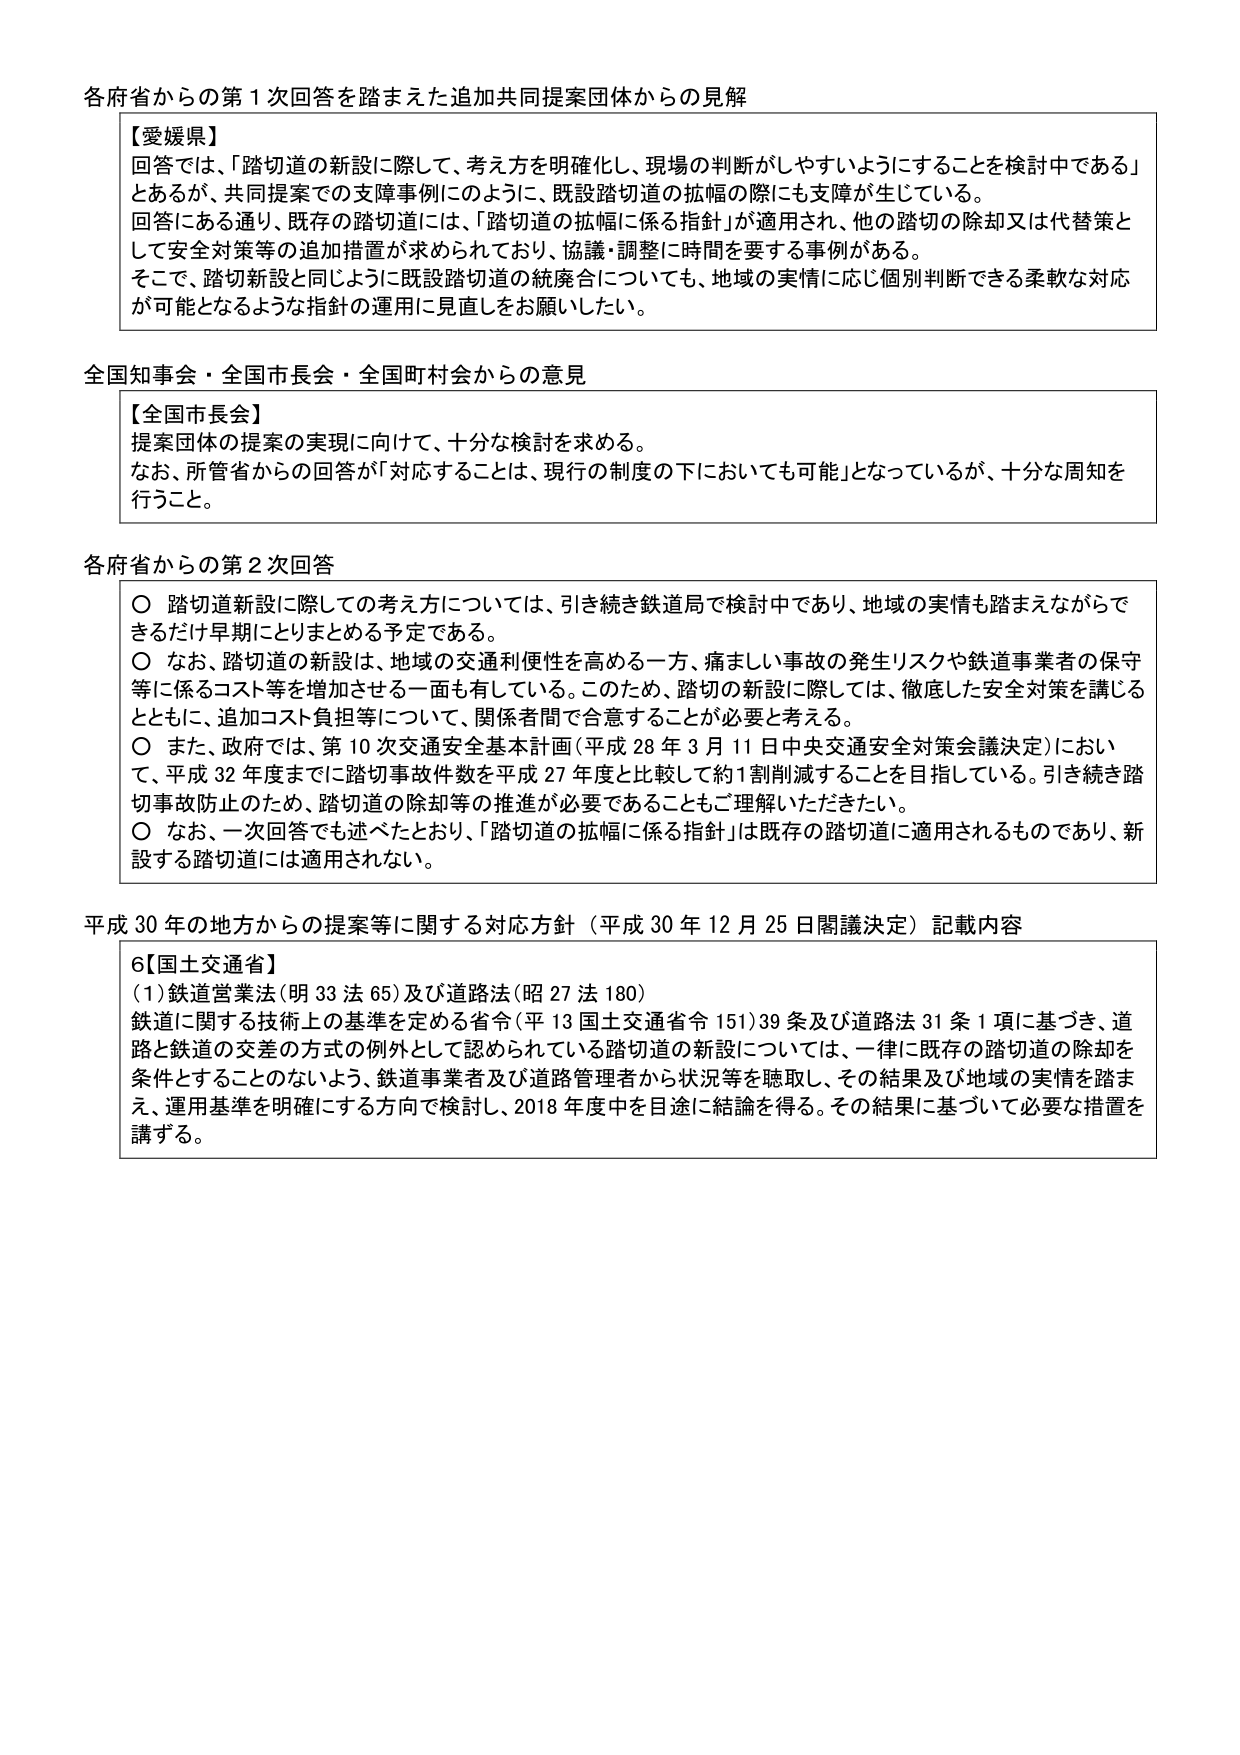
各府省からの第１次回答を踏まえた追加共同提案団体からの見解

【愛媛県】
回答では、「踏切道の新設に際して、考え方を明確化し、現場の判断がしやすいようにすることを検討中である」とあるが、共同提案での支障事例にはのように、既設踏切道の拡幅の際にも支障が生じている。
回答にある通り、既存の踏切道には、「踏切道の拡幅に係る指針」が適用され、他の踏切の除却又は代替策として安全対策等の追加措置が求められており、協議・調整に時間を要する事例がある。
そこで、踏切新設と同じように既設踏切道の統廃合についても、地域の実情に応じ個別判断できる柔軟な対応が可能となるような指針の運用に見直しをお願いしたい。

全国知事会・全国市長会・全国町村会からの意見

【全国市長会】
提案団体の提案の実現に向けて、十分な検討を求める。
なお、所管省からの回答が「対応することは、現行の制度の下においても可能」となっているが、十分な周知を行うこと。

各府省からの第２次回答

○ 踏切道新設に際しての考え方については、引き続き鉄道局で検討中であり、地域の実情も踏まえながらできるだけ早期にとりまとめる予定である。
○ なお、踏切道の新設は、地域の交通利便性を高める一方、痛ましい事故の発生リスクや鉄道事業者の保守等に係るコスト等を増加させる一面も有している。このため、踏切の新設に際しては、徹底した安全対策を講じるとともに、追加コスト負担等について、関係者間で合意することが必要と考える。
○ また、政府では、第10次交通安全基本計画（平成28年3月11日中央交通安全対策会議決定）において、平成32年度までに踏切事故件数を平成27年度と比較して約1割削減することを目指している。引き続き踏切事故防止のため、踏切道の除却等の推進が必要であることをご理解いただきたい。
○ なお、一次回答でも述べたとおり、「踏切道の拡幅に係る指針」は既存の踏切道に適用されるものであり、新設する踏切道には適用されない。

平成30年の地方からの提案等に関する対応方針（平成30年12月25日閣議決定）記載内容

6【国土交通省】
（1）鉄道営業法（明33法65）及び道路法（昭27法180）
鉄道に関する技術上の基準を定める省令（平13国土交通省令151）39条及び道路法31条1項に基づき、道路と鉄道の交差の方式の例外として認められている踏切道の新設については、一律に既存の踏切道の除却を条件とすることのないよう、鉄道事業者及び道路管理者から状況等を聴取し、その結果及び地域の実情を踏まえ、運用基準を明確にする方向で検討し、2018年度中を目途に結論を得る。その結果に基づいて必要な措置を講ずる。